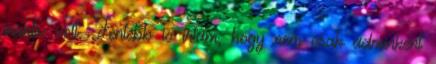
inaktív volt. Fentebb is írtam, hogy nem csak adminként